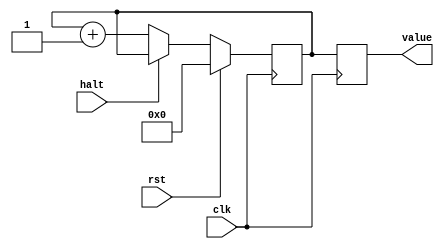
`default_nettype none

`ifndef COUNTER_V
`define COUNTER_V

module Counter #(
		parameter WIDTH = 8, 	// Width of the output
		parameter DIV = 0, 		// number of bits to use as divisor
		parameter TOP = 0, 		// max value, 0 = none
		parameter UP = 1 		// direction to count, use 1 for up and 0 for down
	)(
		input wire clk,
		input wire rst,
		input wire halt,
		output reg [WIDTH-1:0] value
	);

	reg [WIDTH + DIV - 1:0] counter = 'b0;

	always @(posedge clk) begin
		if (TOP != 'b0) begin
			if (rst || (counter[WIDTH + DIV - 1:DIV] == TOP)) counter <= 'b0;
			else begin
				if (!halt) begin
					if (UP) counter <= counter + 1;
					else counter <= counter - 1;
				end
			end
		end else begin
			if (rst) begin
				counter <= 'b0;
			end else begin
				if (!halt) begin
					if (UP) counter <= counter + 1;
					else counter <= counter - 1;
				end
			end
		end

		value <= counter[WIDTH + DIV - 1:DIV];
	end

endmodule

`endif